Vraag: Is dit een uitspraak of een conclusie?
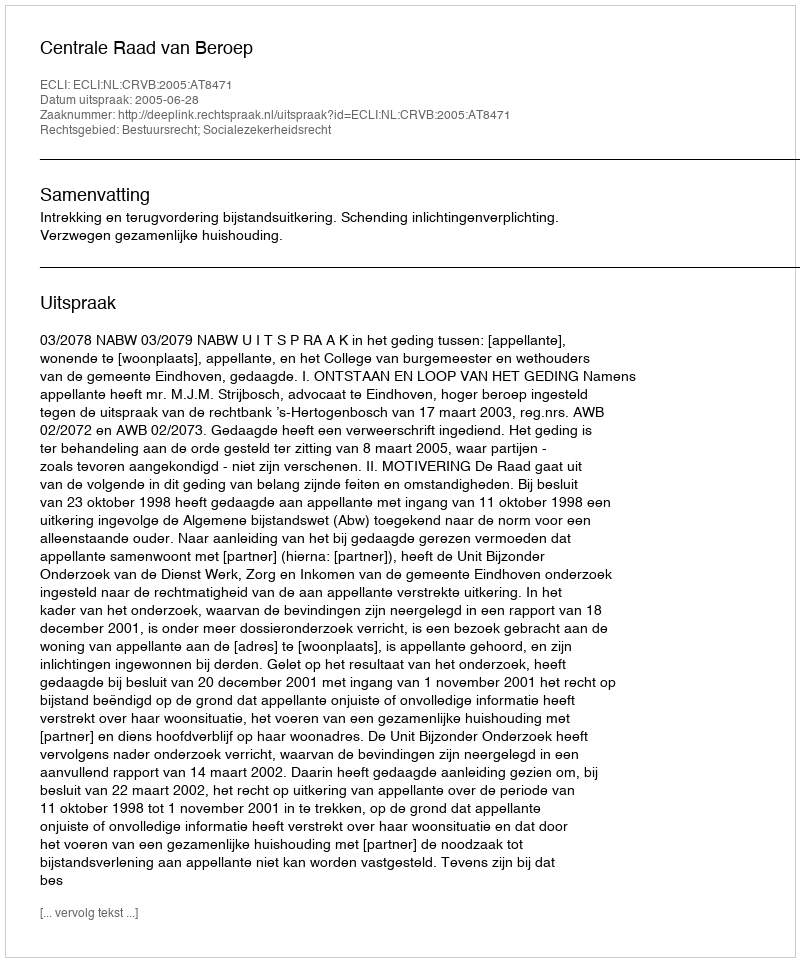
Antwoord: Uitspraak